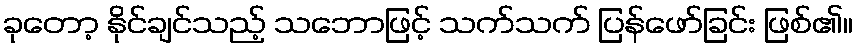
ခုတော့ နိုင်ချင်သည့် သဘောဖြင့် သက်သက် ပြန်ဖော်ခြင်း ဖြစ်၏။